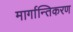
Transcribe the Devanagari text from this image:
मार्गान्तिकरण